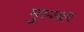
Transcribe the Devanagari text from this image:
मुस्सल